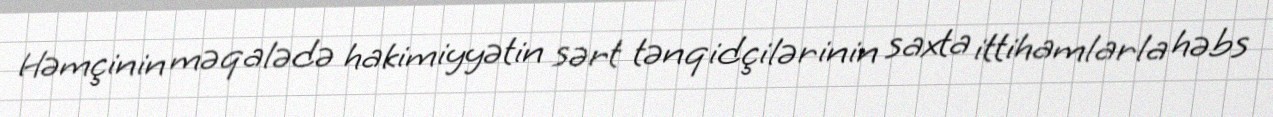
Həmçinin məqalədə hakimiyyətin sərt tənqidçilərinin saxta ittihamlarla həbs